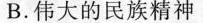
B.伟大的民族精神